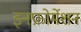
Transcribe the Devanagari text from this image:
इनफ़ोर्मेशन